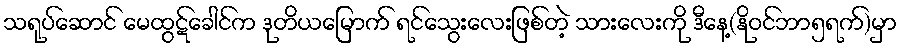
သရုပ်ဆောင် မေထွဋ်ခေါင်က ဒုတိယမြောက် ရင်သွေးလေးဖြစ်တဲ့ သားလေးကို ဒီနေ့(နိုဝင်ဘာ၅ရက်)မှာ